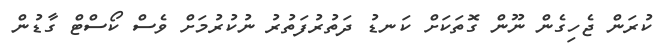
ކުރަން ޖެހިގެން ނޫން ގޮތަކަށް ކަނޑު ދަތުރުފަތުރު ނުކުރުމަށް ވެސް ކޯސްޓް ގާޑުން